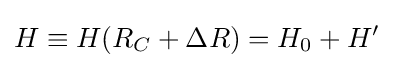
H\equiv H({{R}_{C}}+\Delta R)={{H}_{0}}+H'